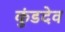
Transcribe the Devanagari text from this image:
कुंडदेव